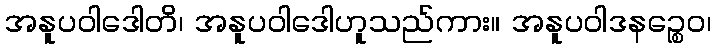
အနူပဝါဒေါတိ၊ အနူပဝါဒေါဟူသည်ကား။ အနူပဝါဒနဉ္စေဝ၊